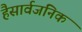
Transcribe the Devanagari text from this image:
हैसार्वजनिक